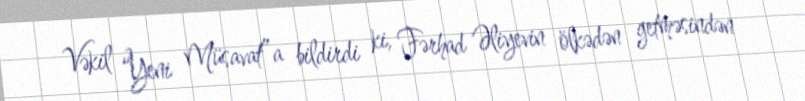
Vəkil “Yeni Müsavat”a bildirdi ki, Fərhad Əliyevin ölkədən getməsindən